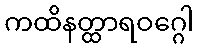
ကထိနတ္ထာရဝဂ္ဂေါ